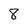
Character: 8